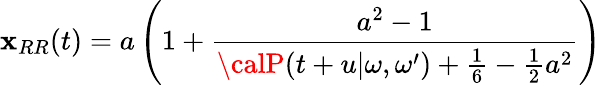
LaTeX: \mathbf{x}_{RR}(t)=a\left(1+\frac{{a^{2}-1}}{{{\calP}(t+u|\omega,\omega^{\prime})+\frac{{1}}{{6}}-{\frac{{1}}{{2}}}a^{2}}}\right)